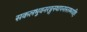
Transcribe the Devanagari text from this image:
सकलभुवनरङ्गस्थापनास्तम्भयष्टिः